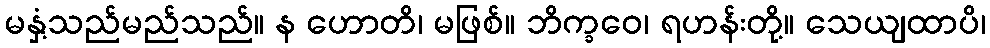
မနှံ့သည်မည်သည်။ န ဟောတိ၊ မဖြစ်။ ဘိက္ခဝေ၊ ရဟန်းတို့။ သေယျထာပိ၊